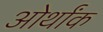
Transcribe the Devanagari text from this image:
ओर्थांक